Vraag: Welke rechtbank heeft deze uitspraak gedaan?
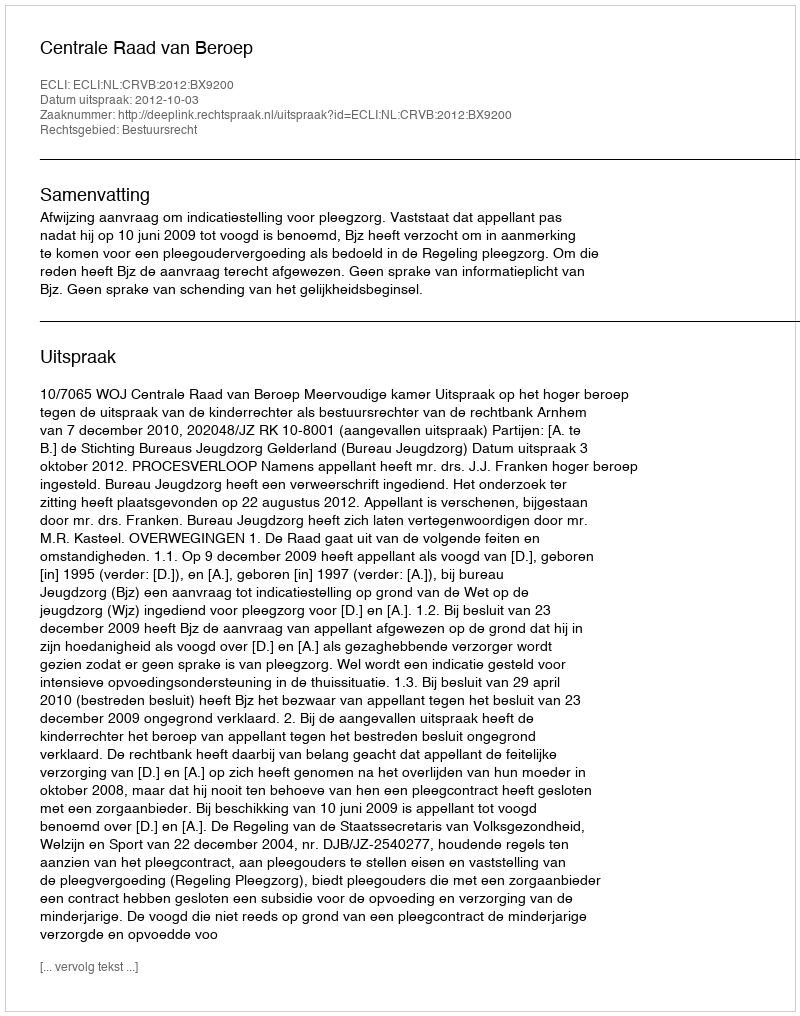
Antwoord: Centrale Raad van Beroep